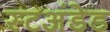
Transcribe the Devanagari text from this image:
स्टअंडेड